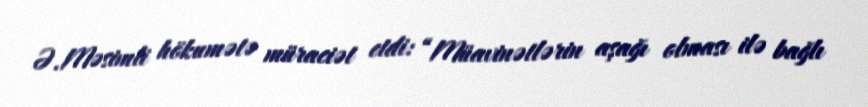
Ə.Məsimli hökumətə müraciət etdi: “Müavinətlərin aşağı olması ilə bağlı